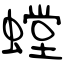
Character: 螳